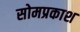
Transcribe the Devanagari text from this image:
सोमप्रकाश